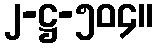
၂-ဋ္ဌ-၅၀၄။